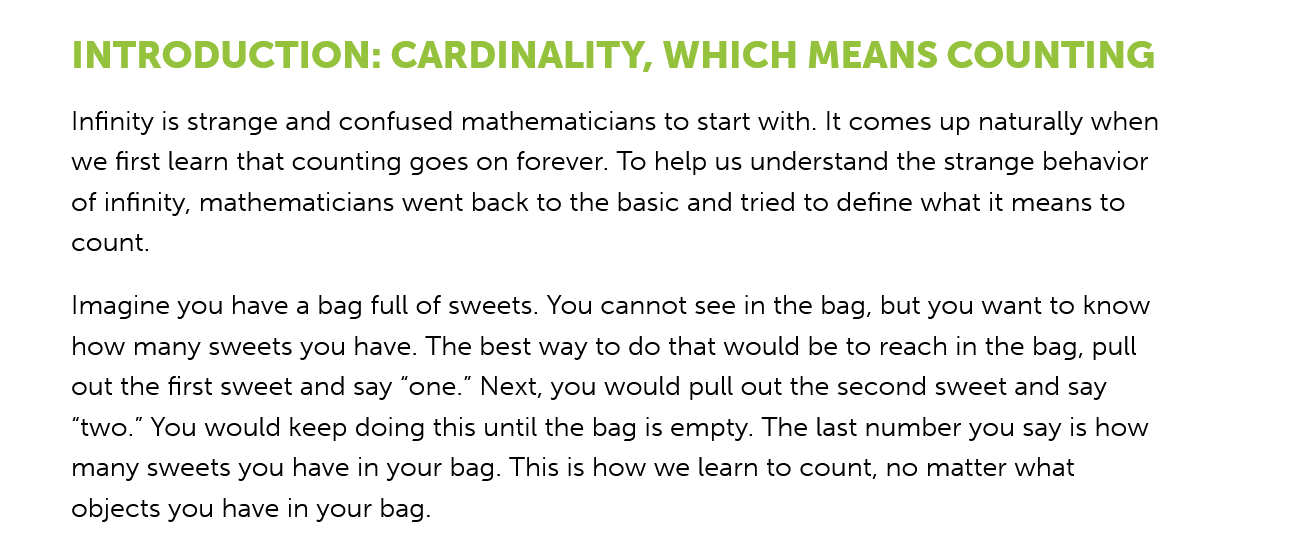
INTRODUCTION:    CARDINALITY,    WHICH    MEANS    COUNTING
     Infinity is strange and confused mathematicians to start with. It comes up naturally when
     we first learn that counting goes on forever. To help us understand the strange behavior
     of infinity, mathematicians went back to the basic and tried to define what it means to
     count.
     Imagine you have a bag full of sweets. You cannot see in the bag, but you want to know
     how many sweets you have. The best way to do that would be to reach in the bag, pull
     out the first sweet and say “one.” Next, you would pull out the second sweet and say
     “two.” You would keep doing this until the bag is empty. The last number you say is how
     many sweets you have in your bag. This is how we learn to count, no matter what
     objects you have in your bag.